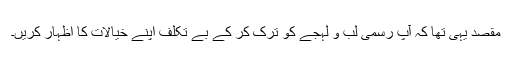
مقصد یہی تھا کہ آپ رسمی لب و لہجے کو ترک کر کے بے تکلف اپنے خیالات کا اظہار کریں۔